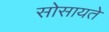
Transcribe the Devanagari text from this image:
सोसायते